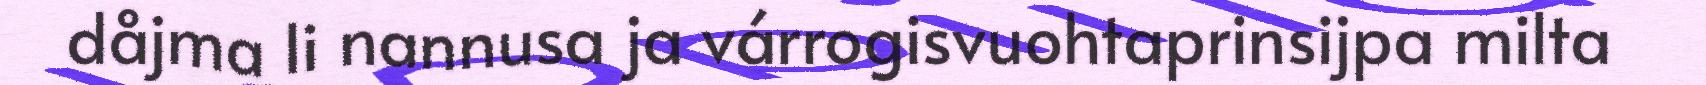
dåjma li nannusa ja várrogisvuohtaprinsijpa milta